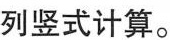
列竖式计算。